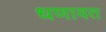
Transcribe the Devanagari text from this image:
धणावत